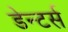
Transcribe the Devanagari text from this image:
डेन्टर्स